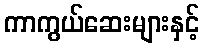
ကာကွယ်ဆေးများနှင့်